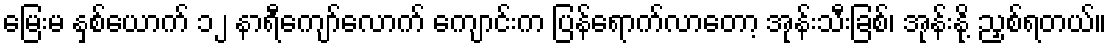
မြေးမ နှစ်ယောက် ၁၂ နာရီကျော်လောက် ကျောင်းက ပြန်ရောက်လာတော့ အုန်းသီးခြစ်၊ အုန်းနို့ ညှစ်ရတယ်။